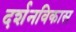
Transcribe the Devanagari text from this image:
दर्शनविकास